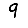
Digit: 9